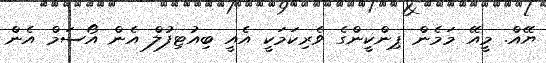
ޔޭއް. މީއޭ މަމެން ޕިންކީންގެ ވެރިކަމަކީ އެއީ ބިއުޓިފުލް އެން އޯސަމް އެން